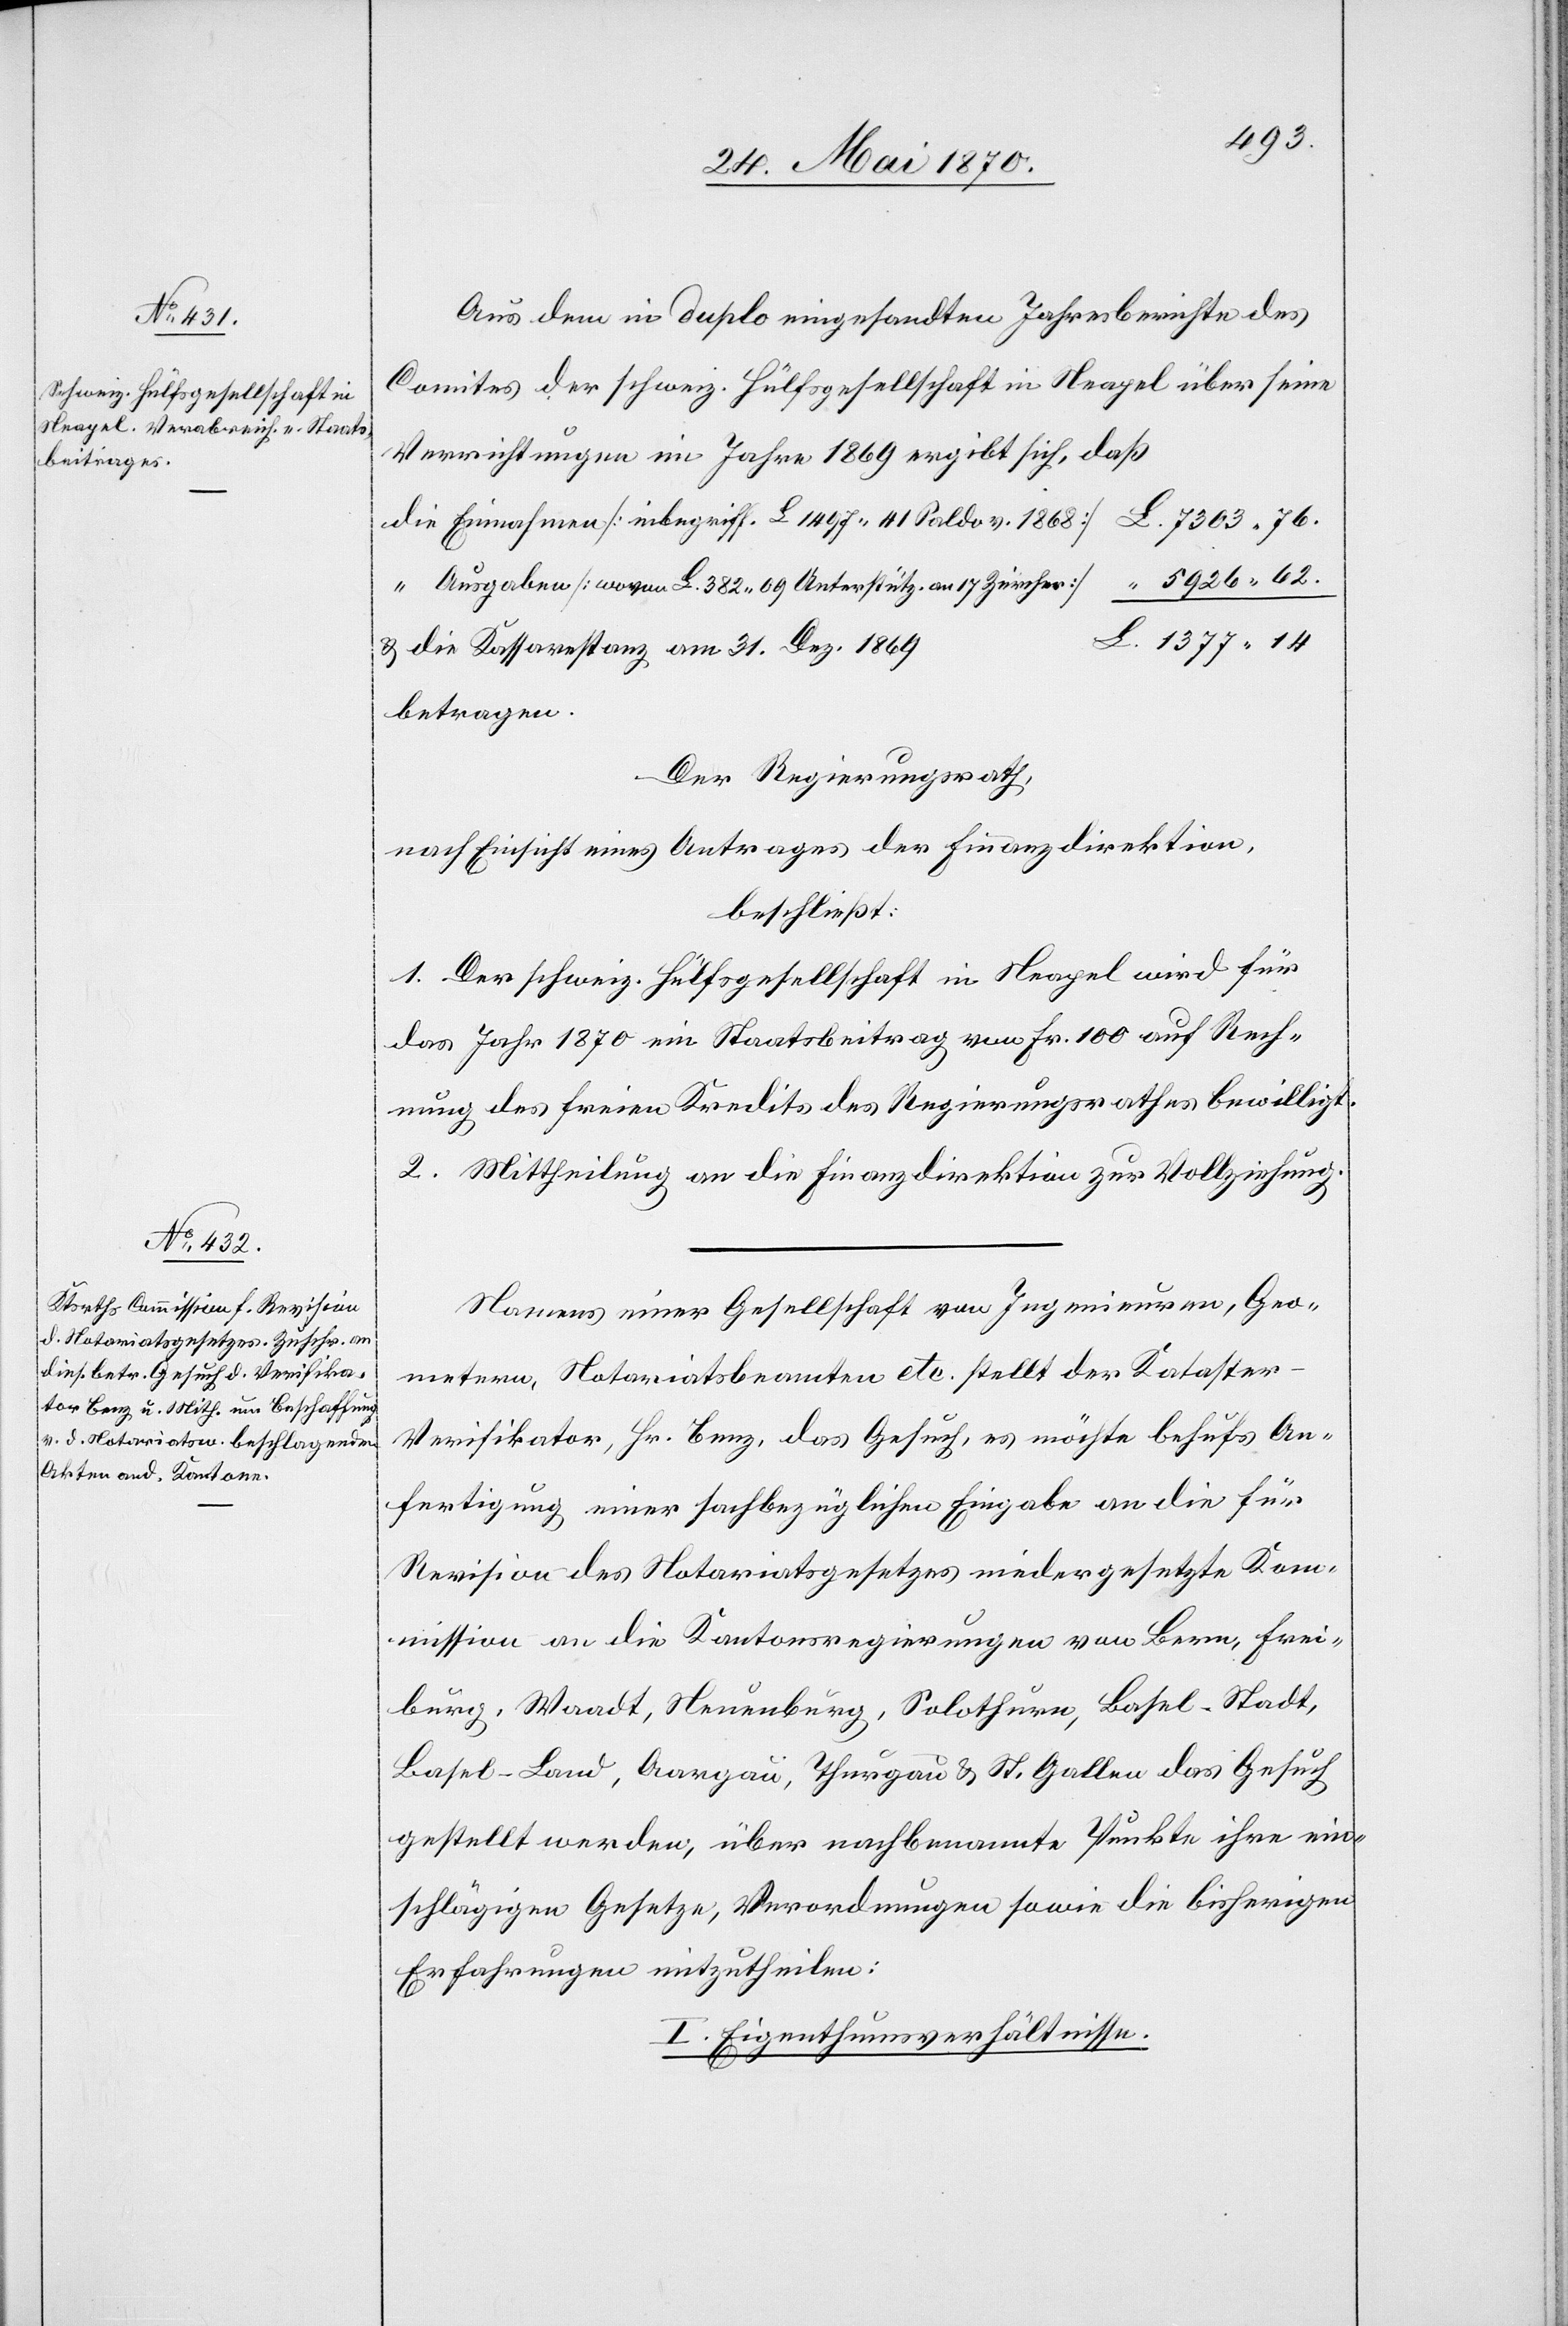
Aus dem in duplo eingesandten Jahresberichte des
Comites der schweiz. Hülfsgesellschaft in Neapel über seine
Verrichtungen im Jahre 1869 ergibt sich, daß
die Einnahmen [inbegriff. L. 1497.41 Saldo v. 1868]			L. 7303.76.
“ Ausgaben [wovon L. 382.09 Unterstütz. an 17 Zürcher]	 “ 5926.62.
& die Kassarestanz am 31. Dez. 1869
betragen.
Der Regierungsrath,
nach Einsicht eines Antrages der Finanzdirektion,
beschließt:
1. Der schweiz. Hülfsgesellschaft in Neapel wird für
das Jahr 1870 ein Staatsbeitrag von Fr. 100 auf Rech¬
nung des freien Kredits des Regierungsrathes bewilligt.
2. Mittheilung an die Finanzdirektion zur Vollziehung.
Namens einer Gesellschaft von Ingenieuren, Geo¬
metern, Notariatsbeamten etc. stellt der Kataster-V¬
erifikator, Hr. Benz, das Gesuch, es möchte behufs An¬
fertigung einer sachbezüglichen Eingabe an die für
Revision des Notariatsgesetzes niedergesetzte Kom¬
mission an die Kantonsregierungen von Bern, Frei¬
burg, Waadt, Neuenburg, Solothurn, Basel-Stadt,
Basel-Land, Aargau, Thurgau & St. Gallen das Gesuch
gestellt werden, über nachbenannte Punkte ihre ein¬
schlägigen Gesetze, Verordnungen sowie die bisherigen
Erfahrungen mitzutheilen:
I. Eigenthumsverhältnisse.